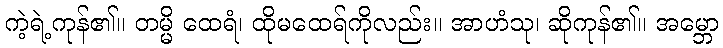
ကဲ့ရဲ့ကုန်၏။ တမ္မိ ထေရံ၊ ထိုမထေရ်ကိုလည်း။ အာဟံသု၊ ဆိုကုန်၏။ အမ္ဘော